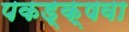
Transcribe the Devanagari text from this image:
पकड्क्षवा